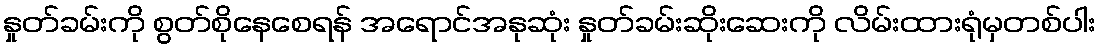
နှုတ်ခမ်းကို စွတ်စိုနေစေရန် အရောင်အနုဆုံး နှုတ်ခမ်းဆိုးဆေးကို လိမ်းထားရုံမှတစ်ပါး